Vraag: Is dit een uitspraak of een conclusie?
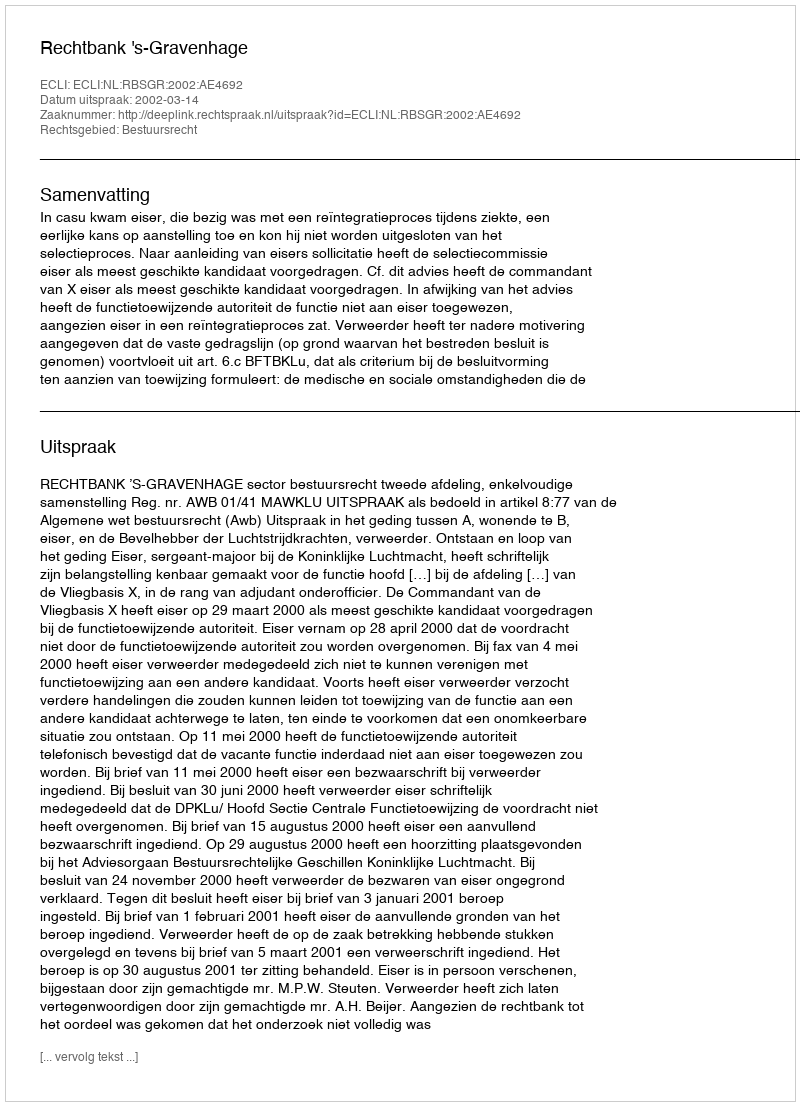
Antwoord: Uitspraak